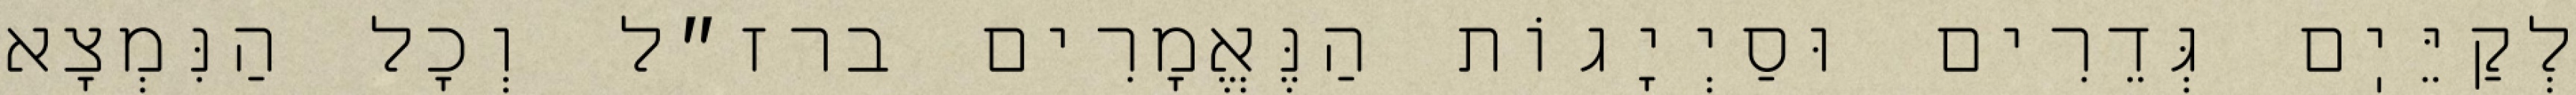
לְקַיֵּיֽם גְּדֵרִים וּסַיְיָגוֹת הַנֶּאֱמָרִים ברז״ל וְכׇל הַנִּמְצָא